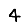
Digit: 4